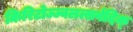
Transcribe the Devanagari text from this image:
किरिटोज्ज्वलत्सर्वदिक्‌